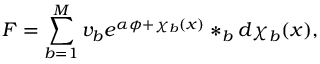
F = \sum _ { b = 1 } ^ { M } v _ { b } e ^ { \alpha \phi + \chi _ { b } ( x ) } \ast _ { b } d \chi _ { b } ( x ) ,